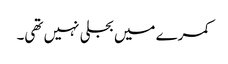
کمرے میں بجلی نہیں تھی۔